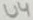
Text: U4